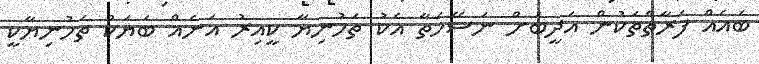
ބައެއް ފަރާތްތަކުން އަދީބަށް ނަސޭހަތާ އެކު ތަހުނިޔާ ކީއިރު އަނެއް ބަޔަކު ތަހުނިޔާކީ